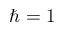
\hbar = 1